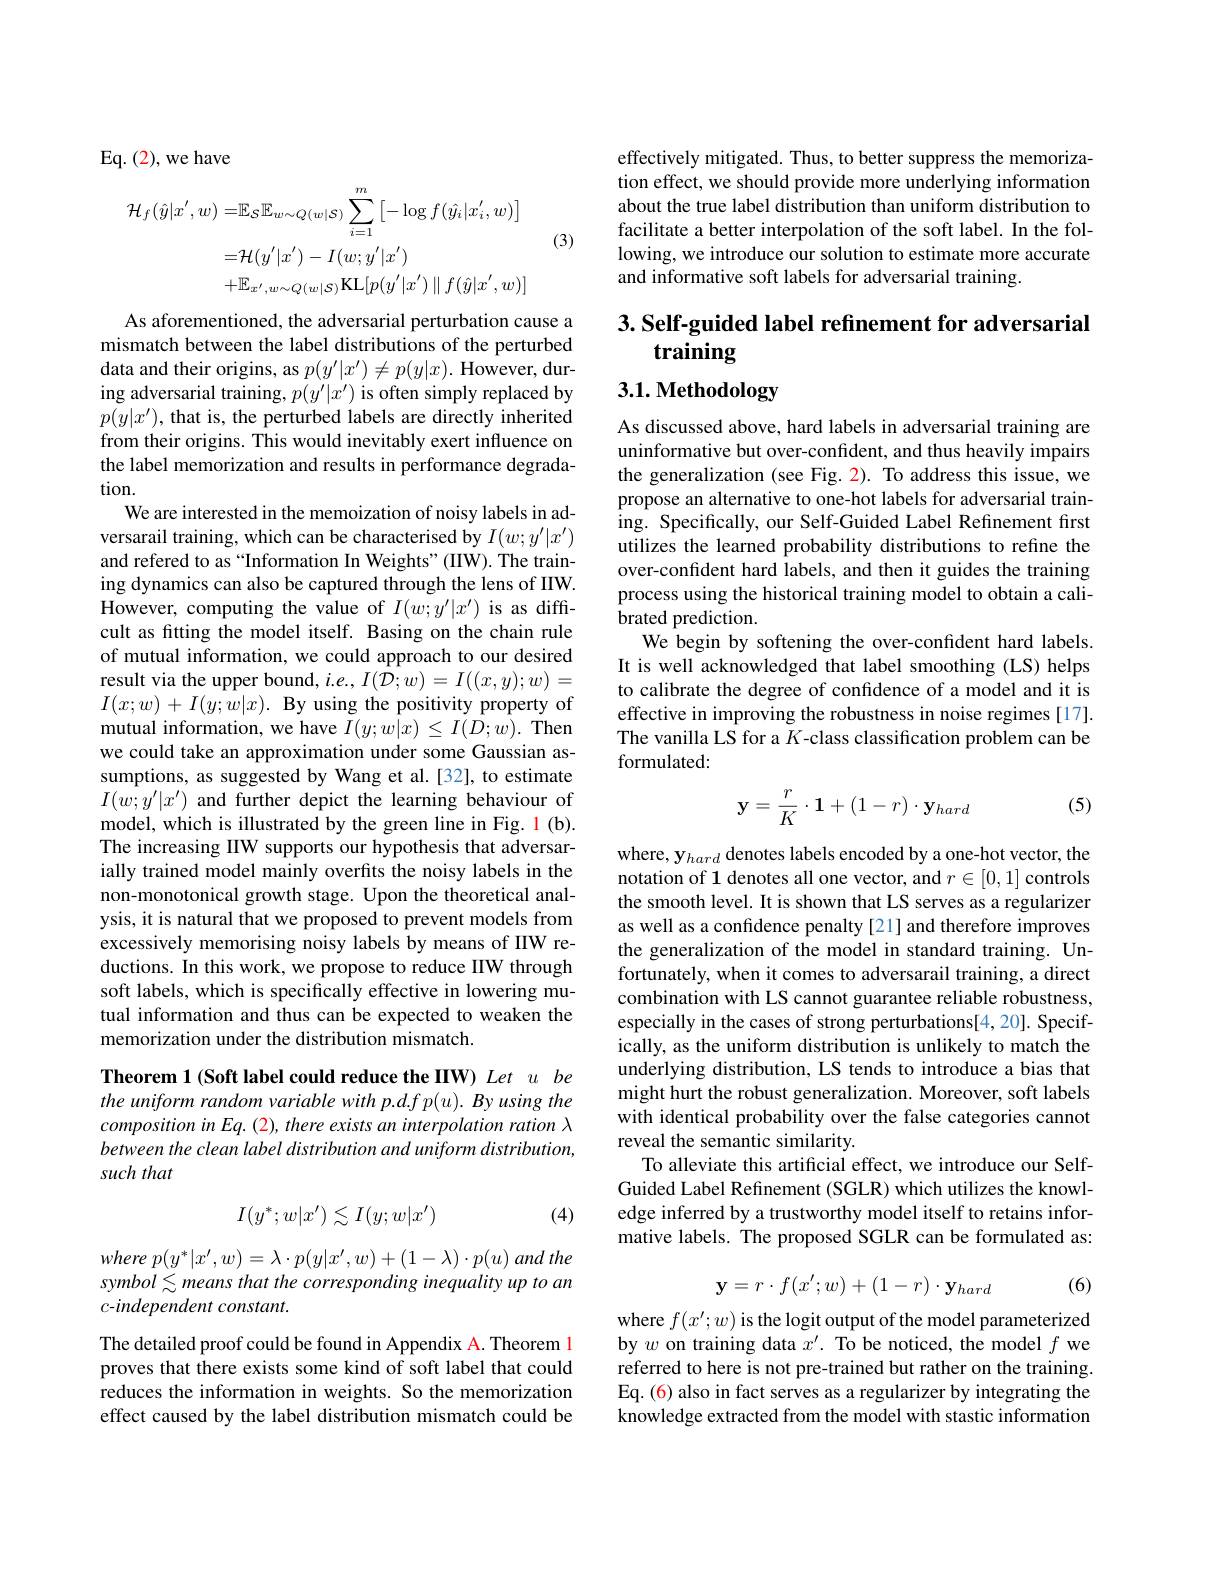
Eq. ( 2) , we have

(3)
$$\begin{aligned}\mathcal{H}_{f}(\hat{y}|x^{'},w)=&\mathbb{E}_{\mathcal{S}}\mathbb{E}_{w\sim Q(w|\mathcal{S})}\sum_{i=1}^{m}\left[-\log f(\hat{y_{i}}|x_{i}^{'},w)\right]\\=&\mathcal{H}(y^{\prime}|x^{\prime})-I(w;y^{\prime}|x^{\prime})\\&+\mathbb{E}_{x^{\prime},w\sim Q(w|S)}\mathrm{KL}[p(y^{\prime}|x^{\prime})\parallel f(\hat{y}|x^{\prime},w)]\\\end{aligned}$$
As aforementioned, the adversarial perturbation cause a mismatch between the label distributions of the perturbed data and their origins, as $p(y^\prime|x^{\prime})\neq p(y|x).$ However, during adversarial training, $p(y^\prime|x^{\prime})$ is often simply replaced by $p(y|x^{\prime})$, that is, the perturbed labels are directly inherited from their origins. This would inevitably exert influence on the label memorization and results in performance degradation.
We are interested in the memoization of noisy labels in adversarail training, which can be characterised by $I(w;y^{\prime}|x^{\prime})$ and refered to as “Information In Weights”(IIW). The training dynamics can also be captured through the lens of IIW. However, computing the value of $I(w;y^{\prime}|x^{\prime})$ is as diffcult as fitting the model itself. Basing on the chain rule of mutual information, we could approach to our desired result via the upper bound, $i.e.,I(\bar{\mathcal{D}};w)=I((x,y);w)=$ $I( x; w) + I( y; w| x) . \textbf{By using the positivity property of}$ mutual information, we have $I(y;w|x)\leq I(D;w).$ Then we could take an approximation under some Gaussian assumptions, as suggested by Wang et al.[32], to estimate $I(w;y^{\prime}|x^{\prime})$ and further depict the learning behaviour of model, which is illustrated by the green line in Fig. 1 (b). The increasing IIW supports our hypothesis that adversarially trained model mainly overfits the noisy labels in the non-monotonical growth stage. Upon the theoretical analysis, it is natural that we proposed to prevent models from excessively memorising noisy labels by means of IIW reductions. In this work, we propose to reduce IIW through soft labels, which is specifically effective in lowering mutual information and thus can be expected to weaken the memorization under the distribution mismatch.
Theorem 1 (Soft label could reduce the IIW) Let u be

the uniform random variable with p.df p(u). By using the $compositioninEq.(2),there$ exists an interpolation ration $\lambda$ between the clean label distribution and uniform distribution, such that
$$I(y^*;w|x')\lesssim I(y;w|x')$$
(4)

where $p( y^{* }| x^{\prime }, w) = \lambda \cdot p( y| x^{\prime }, w) + ( 1- \lambda ) \cdot p( u)$ and the symbol S means that the corresponding inequality up to an c-independent constant.

The detailed proof could be found in Appendix A. Theorem 1 proves that there exists some kind of soft label that could reduces the information in weights. So the memorization effect caused by the label distribution mismatch could be

effectively mitigated. Thus, to better suppress the memorization effect, we should provide more underlying information about the true label distribution than uniform distribution to facilitate a better interpolation of the soft label. In the following, we introduce our solution to estimate more accurate and informative soft labels for adversarial training.

## 3. Self-guided label refinement for adversarial training

3.1. Methodology

As discussed above, hard labels in adversarial training are uninformative but over-confident, and thus heavily impairs the generalization (see Fig. 2). To address this issue, we propose an alternative to one-hot labels for adversarial training. Specifically, our Self-Guided Label Refinement first utilizes the learned probability distributions to refine the over-confident hard labels, and then it guides the training process using the historical training model to obtain a calibrated prediction.
We begin by softening the over-confident hard labels. It is well acknowledged that label smoothing (LS) helps to calibrate the degree of confidence of a model and it is effective in improving the robustness in noise regimes [17]. The vanilla LS for a $K$-class classification problem can be formulated:

(5)
$$\mathbf{y}=\frac{r}{K}\cdot\mathbf{1}+(1-r)\cdot\mathbf{y}_{hard}$$
where, y$_{hard}$ denotes labels encoded by a one-hot vector, the notation of 1 denotes all one vector, and $r\in[0,1]$ controls the smooth level. It is shown that LS serves as a regularizer as well as a confidence penalty [21] and therefore improves the generalization of the model in standard training. Unfortunately, when it comes to adversarail training, a direct combination with LS cannot guarantee reliable robustness, especially in the cases of strong perturbations[4,20]. Specifically, as the uniform distribution is unlikely to match the underlying distribution, LS tends to introduce a bias that might hurt the robust generalization. Moreover, soft labels with identical probability over the false categories cannot reveal the semantic similarity.
To alleviate this artificial effect, we introduce our SelfGuided Label Refinement (SGLR) which utilizes the knowledge inferred by a trustworthy model itself to retains informative labels. The proposed SGLR can be formulated as:

(6)
$$\mathbf{y}=r\cdot f(x';w)+(1-r)\cdot\mathbf{y}_{hard}$$
where $f(x^{\prime};w)$ is the logit output of the model parameterized by $w$ on training data $x^\prime.$ To be noticed, the model $f$ we referred to here is not pre-trained but rather on the training. Eq. (6) also in fact serves as a regularizer by integrating the knowledge extracted from the model with stastic information